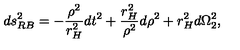
d s _ { R B } ^ { 2 } = - \frac { \rho ^ { 2 } } { r _ { H } ^ { 2 } } d t ^ { 2 } + \frac { r _ { H } ^ { 2 } } { \rho ^ { 2 } } d \rho ^ { 2 } + r _ { H } ^ { 2 } d \Omega _ { 2 } ^ { 2 } ,